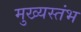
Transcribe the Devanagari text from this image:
मुख्यस्तंभ